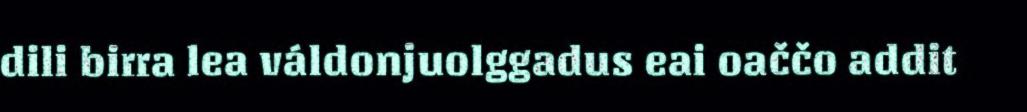
dili birra lea váldonjuolggadus eai oaččo addit